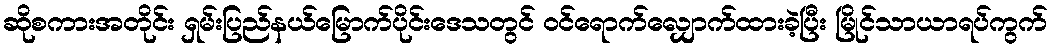
ဆိုစကားအတိုင်း ရှမ်းပြည်နယ်မြောက်ပိုင်းဒေသတွင် ဝင်ရောက်လျှောက်ထားခဲ့ပြီး မြိုင်သာယာရပ်ကွက်